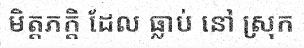
មិត្តភក្តិ ដែល ធ្លាប់ នៅ ស្រុក